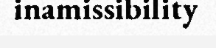
inamissibility